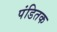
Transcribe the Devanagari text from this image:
पंडितक